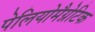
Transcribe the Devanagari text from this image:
पेलियोमैग्नेटिक